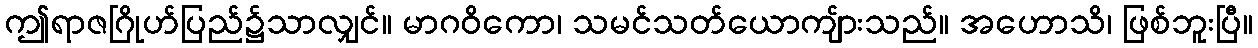
ဤရာဇဂြိုဟ်ပြည်၌သာလျှင်။ မာဂဝိကော၊ သမင်သတ်ယောကျ်ားသည်။ အဟောသိ၊ ဖြစ်ဘူးပြီ။